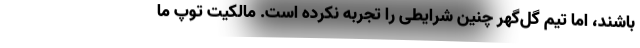
باشند، اما تیم گل‌گهر چنین شرایطی را تجربه نکرده است. مالکیت توپ ما